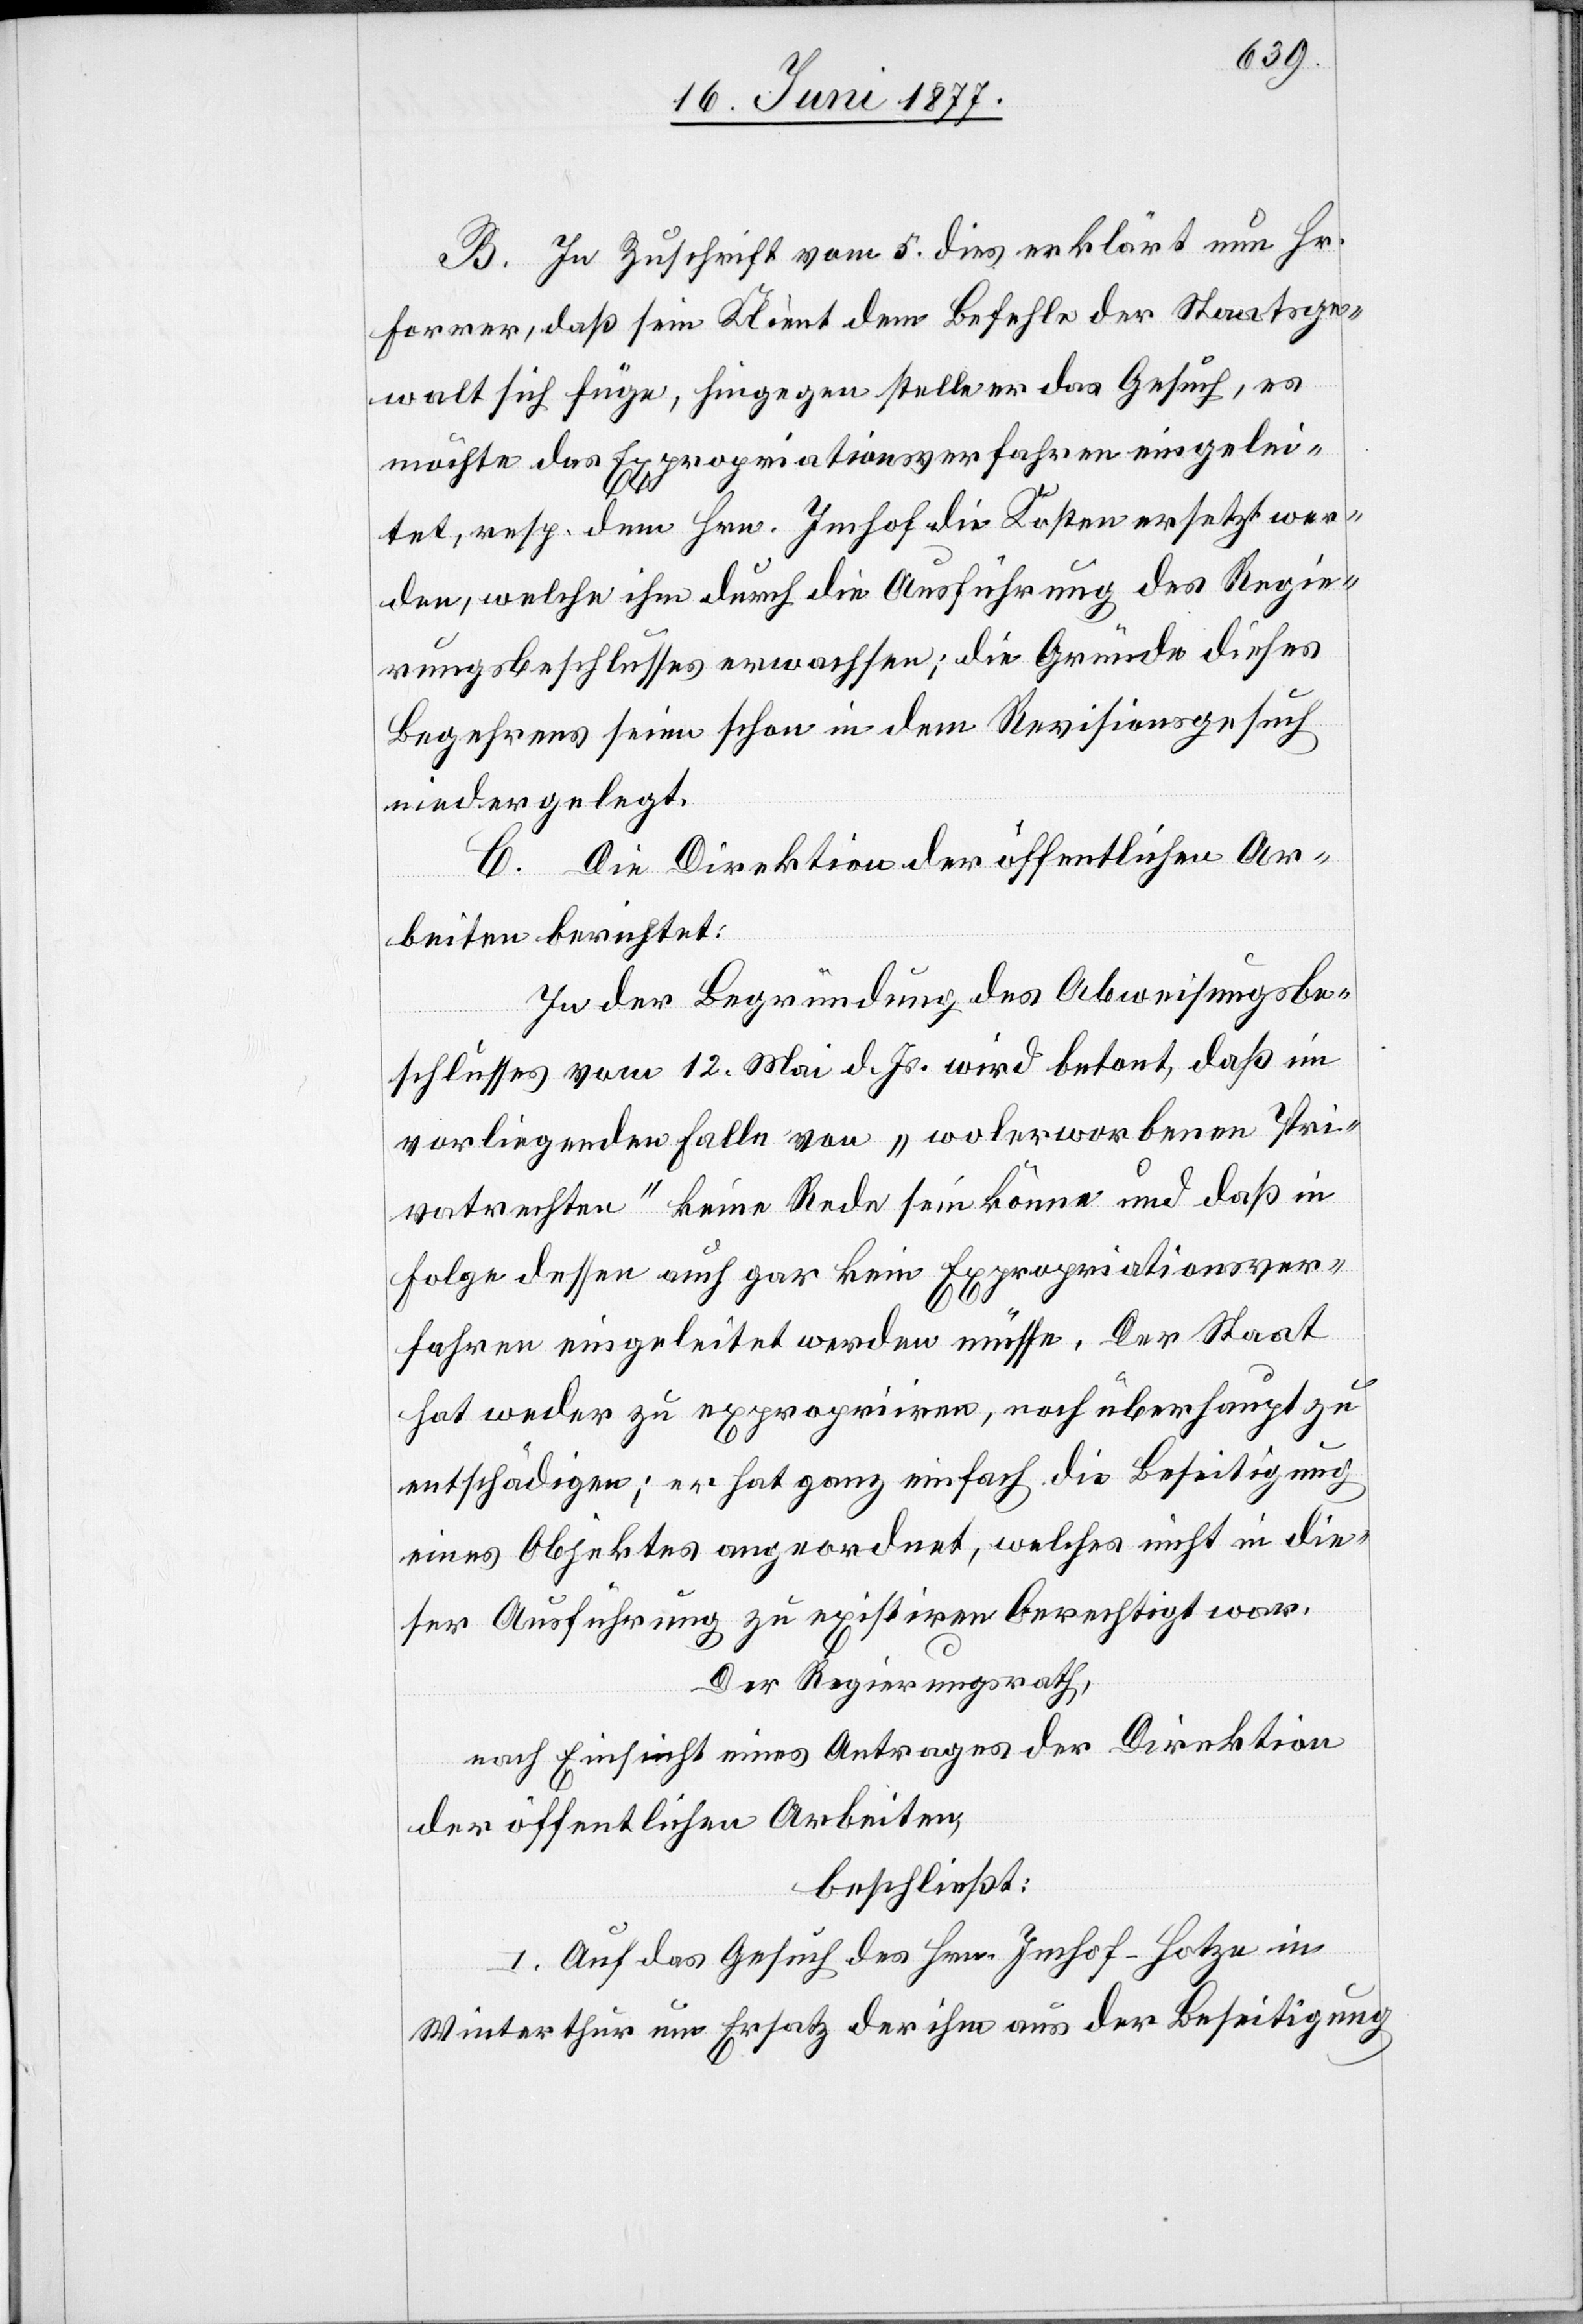
B. In Zuschrift vom 5. dies erklärt nun Hr.
Forrer, daß sein Klient dem Befehle der Staatsge¬
walt sich füge, hingegen stelle er das Gesuch, es
möchte das Expropriationsverfahren eingelei¬
tet, resp. dem Hrn. Imhof die Kosten ersetzt wer¬
den, welche ihm durch die Ausführung des Regie¬
rungsbeschlusses erwachsen; die Gründe dieses
Begehrens seien schon in dem Revisionsgesuch
niedergelegt.
C. Die Direktion der öffentlichen Ar¬
beiten berichtete.
In der Begründung des Abweisungsbe¬
schlusses vom 12. Mai d. Js. wird betont, daß im
vorliegenden Falle von „wolerworbenen Pri¬
vatrechten“ keine Rede sein könne und daß in
Folge dessen auch gar kein Expropriationsver¬
fahren eingeleitet werden müsse. Der Staat
hat weder zu expropriiren, noch überhaupt zu
entschädigen; er hat ganz einfach die Beseitigung
eines Objektes angeordnet, welches nicht in die¬
ser Ausführung zu existiren berechtigt war.
Der Regierungsrath,
nach Einsicht eines Antrages der Direktion
der öffentlichen Arbeiten,
beschließt:
I. Auf das Gesuch des Hrn. Imhof-Hotze in
Winterthur um Ersatz der ihm aus der Beseitigung